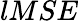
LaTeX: lMSE